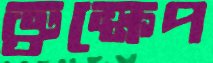
ভ্রুক্ষেপ